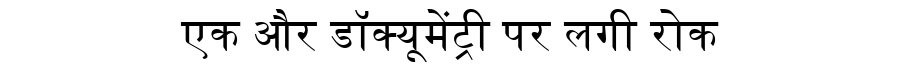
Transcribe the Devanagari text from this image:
एक और डॉक्यूमेंट्री पर लगी रोक